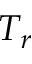
T _ { r }